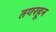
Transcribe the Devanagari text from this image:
तगरहून